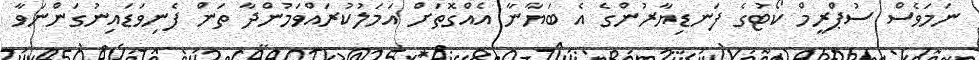
ނަމަވެސް ސުޕްރީމް ކޯޓުގެ ފަނޑިޔާރުންގެ އެ ބަޔާނާ އެއްގޮތަށް އަމަލުކުރައްވަމުންދާ ތަން ފެނިވަޑައިނުގަންނަވާ